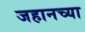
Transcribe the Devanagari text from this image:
जहानच्या